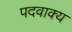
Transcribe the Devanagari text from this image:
पदवाक्य